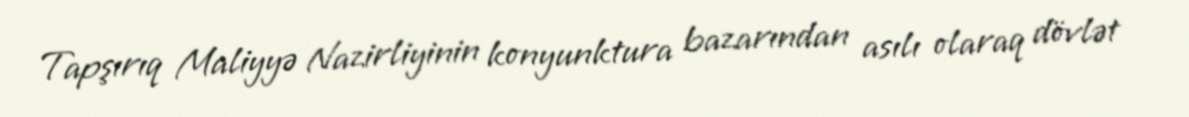
Tapşırıq Maliyyə Nazirliyinin konyunktura bazarından asılı olaraq dövlət